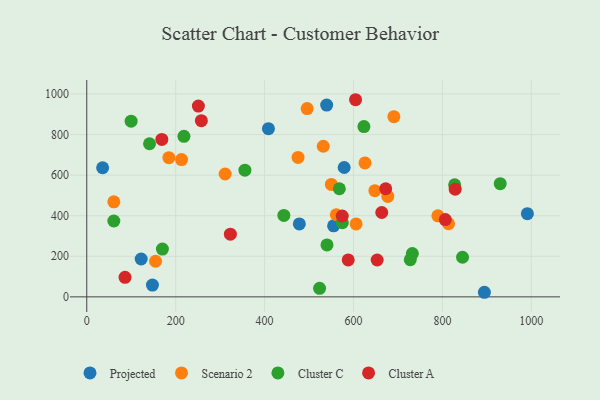
{"axis": {"x": "Distance", "y": "Profit"}, "legend": ["Cluster A", "Cluster C", "Projected", "Scenario 2"], "data": [{"x": "408.7", "y": 828.8, "type": "Projected"}, {"x": "35.7", "y": 636.3, "type": "Projected"}, {"x": "991.2", "y": 410.0, "type": "Projected"}, {"x": "555.3", "y": 350.2, "type": "Projected"}, {"x": "539.7", "y": 945.0, "type": "Projected"}, {"x": "579.1", "y": 637.6, "type": "Projected"}, {"x": "147.8", "y": 57.9, "type": "Projected"}, {"x": "478.2", "y": 359.6, "type": "Projected"}, {"x": "122.4", "y": 186.5, "type": "Projected"}, {"x": "894.5", "y": 22.6, "type": "Projected"}, {"x": "60.9", "y": 468.5, "type": "Scenario 2"}, {"x": "813.9", "y": 360.4, "type": "Scenario 2"}, {"x": "561.4", "y": 404.6, "type": "Scenario 2"}, {"x": "495.8", "y": 928.2, "type": "Scenario 2"}, {"x": "605.9", "y": 359.5, "type": "Scenario 2"}, {"x": "213.2", "y": 676.4, "type": "Scenario 2"}, {"x": "550.2", "y": 554.0, "type": "Scenario 2"}, {"x": "789.9", "y": 399.2, "type": "Scenario 2"}, {"x": "648.1", "y": 523.3, "type": "Scenario 2"}, {"x": "311.3", "y": 605.5, "type": "Scenario 2"}, {"x": "154.8", "y": 175.6, "type": "Scenario 2"}, {"x": "625.9", "y": 660.2, "type": "Scenario 2"}, {"x": "677.2", "y": 495.2, "type": "Scenario 2"}, {"x": "184.7", "y": 686.0, "type": "Scenario 2"}, {"x": "690.9", "y": 888.1, "type": "Scenario 2"}, {"x": "532.0", "y": 742.3, "type": "Scenario 2"}, {"x": "475.3", "y": 687.1, "type": "Scenario 2"}, {"x": "732.4", "y": 213.5, "type": "Cluster C"}, {"x": "568.2", "y": 532.8, "type": "Cluster C"}, {"x": "443.4", "y": 401.2, "type": "Cluster C"}, {"x": "355.8", "y": 624.4, "type": "Cluster C"}, {"x": "574.9", "y": 365.8, "type": "Cluster C"}, {"x": "170.2", "y": 235.5, "type": "Cluster C"}, {"x": "218.6", "y": 791.1, "type": "Cluster C"}, {"x": "930.1", "y": 557.9, "type": "Cluster C"}, {"x": "60.9", "y": 373.8, "type": "Cluster C"}, {"x": "141.2", "y": 754.5, "type": "Cluster C"}, {"x": "623.5", "y": 839.5, "type": "Cluster C"}, {"x": "845.3", "y": 195.2, "type": "Cluster C"}, {"x": "540.4", "y": 255.9, "type": "Cluster C"}, {"x": "523.7", "y": 42.2, "type": "Cluster C"}, {"x": "99.8", "y": 866.0, "type": "Cluster C"}, {"x": "727.7", "y": 182.8, "type": "Cluster C"}, {"x": "827.6", "y": 552.3, "type": "Cluster C"}, {"x": "323.1", "y": 308.9, "type": "Cluster A"}, {"x": "663.6", "y": 415.8, "type": "Cluster A"}, {"x": "806.5", "y": 381.0, "type": "Cluster A"}, {"x": "574.7", "y": 398.5, "type": "Cluster A"}, {"x": "168.9", "y": 776.0, "type": "Cluster A"}, {"x": "251.1", "y": 940.3, "type": "Cluster A"}, {"x": "653.3", "y": 181.7, "type": "Cluster A"}, {"x": "672.5", "y": 532.8, "type": "Cluster A"}, {"x": "604.7", "y": 971.6, "type": "Cluster A"}, {"x": "588.2", "y": 181.8, "type": "Cluster A"}, {"x": "86.1", "y": 96.5, "type": "Cluster A"}, {"x": "257.8", "y": 868.2, "type": "Cluster A"}, {"x": "828.8", "y": 530.9, "type": "Cluster A"}]}